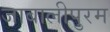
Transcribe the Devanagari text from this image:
जाबालीपुरम